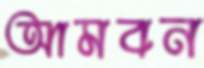
আমবন